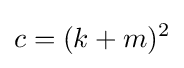
c=(k+m)^{2}